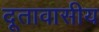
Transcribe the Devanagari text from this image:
दूतावासीय